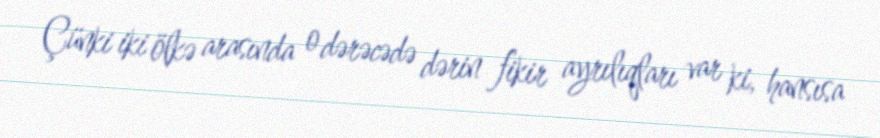
Çünki iki ölkə arasında o dərəcədə dərin fikir ayrılıqları var ki, hansısa